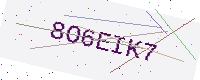
Text: 8O6EIK7